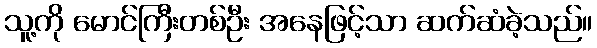
သူ့ကို မောင်ကြီးတစ်ဦး အနေဖြင့်သာ ဆက်ဆံခဲ့သည်။